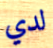
لدي